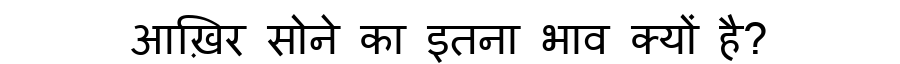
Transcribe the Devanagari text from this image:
आख़िर सोने का इतना भाव क्यों है?